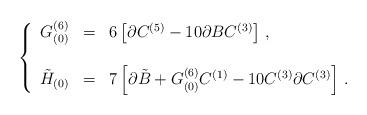
LaTeX: \begin{align*}\left\{\begin{array}{rcl}G^{(6)}_{(0)} & = & 6\left[\partial C^{(5)} -10\partial BC^{(3)}\right]\, ,\\& & \\\tilde{H}_{(0)} & = & 7\left[\partial\tilde{B} +G^{(6)}_{(0)}C^{(1)} -10C^{(3)}\partial C^{(3)}\right]\, .\\\end{array}\right.\end{align*}